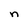
Character: n